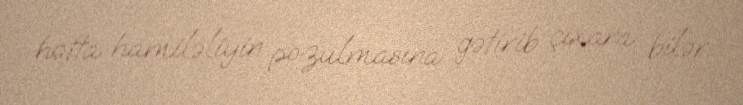
hətta hamiləliyin pozulmasına gətirib çıxara bilər.